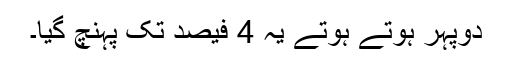
دوپہر ہوتے ہوتے یہ 4 فیصد تک پہنچ گیا۔